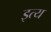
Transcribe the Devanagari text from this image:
इत्य